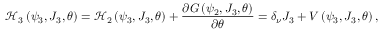
\mathcal { H } _ { 3 } \left( \psi _ { 3 } , J _ { 3 } , \theta \right) = \mathcal { H } _ { 2 } \left( \psi _ { 3 } , J _ { 3 } , \theta \right) + \frac { \partial G \left( \psi _ { 2 } , J _ { 3 } , \theta \right) } { \partial \theta } = \delta _ { \nu } J _ { 3 } + V \left( \psi _ { 3 } , J _ { 3 } , \theta \right) ,